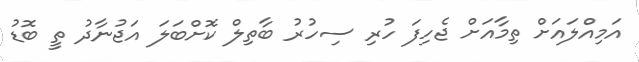
އަމިއްލައަށް ތިމާއަށް ޖެހިފަ ހުރި ސިހުރު ބާތިލް ކޮށްބަލަ އަޖުނާދު ތީ ބޮޑު